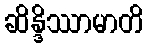
ဆိန္ဒိဿာမာတိ